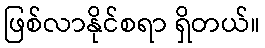
ဖြစ်လာနိုင်စရာ ရှိတယ်။